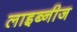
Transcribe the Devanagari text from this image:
लाइब्नीज